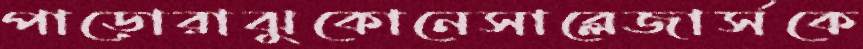
পাড়োরাঝুকোনেসাব্লেজার্সকে